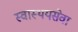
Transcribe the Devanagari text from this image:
स्वास्थयसेवा